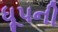
ધૂપની